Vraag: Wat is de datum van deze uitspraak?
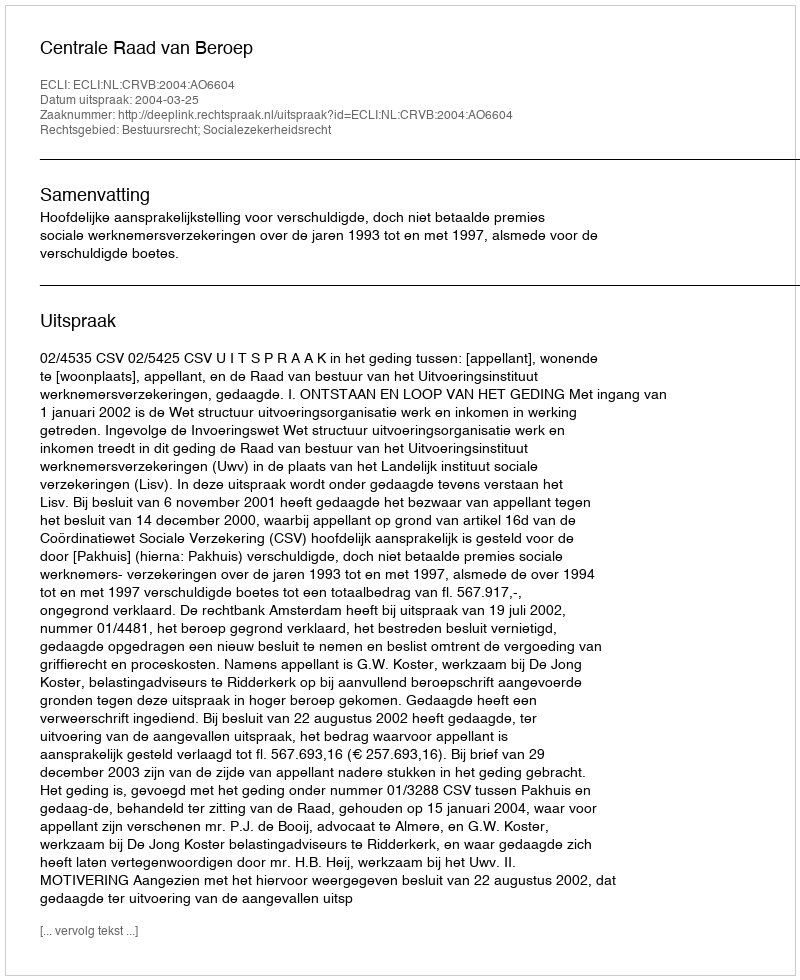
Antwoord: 2004-03-25